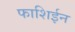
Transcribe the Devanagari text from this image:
फाशिईन